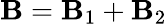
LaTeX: {\mathbf B}={\mathbf B}_{1}+{\mathbf B}_{2}